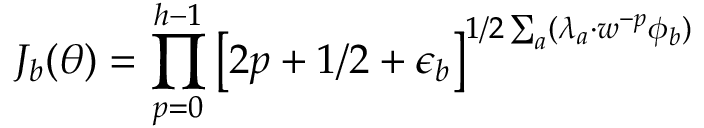
J _ { b } ( \theta ) = \prod _ { p = 0 } ^ { h - 1 } \left[ 2 p + 1 / 2 + \epsilon _ { b } \right] ^ { 1 / 2 \sum _ { a } ( \lambda _ { a } \cdot w ^ { - p } \phi _ { b } ) }